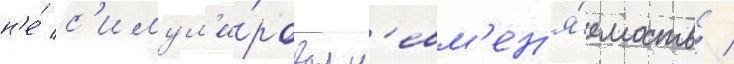
н'е́ с'имул'и́ровал н'евм'ен'я́емость /